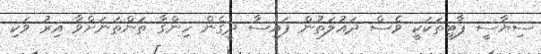
ސިޔާސީ ޕާޓީތަކަކީ ވެސް ދައުލަތުން ފައިސާ ދީގެން ހިންގާ ތަންތަނަށްވާ އިރު ވަކި